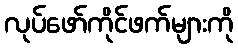
လုပ်ဖော်ကိုင်ဖက်များကို